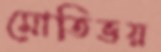
মোতিভয়